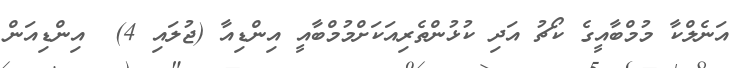
އަނެލްކާ މުމްބާއީގެ ކޯޗު އަދި ކުޅުންތެރިއަކަށްމުމްބާއީ އިންޑިއާ (ޖުލައި 4)  އިންޑިއަން